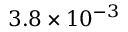
3 . 8 \times 1 0 ^ { - 3 }